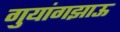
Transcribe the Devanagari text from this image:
गुयांगझाऊ